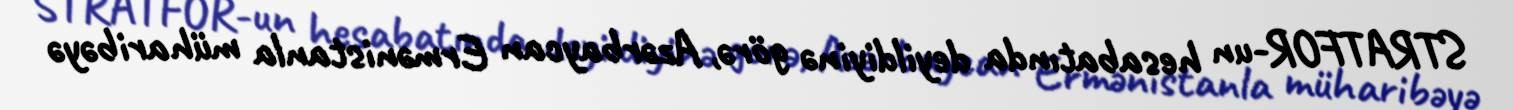
STRATFOR-un hesabatında deyildiyinə görə, Azərbaycan Ermənistanla müharibəyə